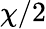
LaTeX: \chi/2